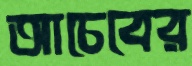
আচেবের